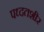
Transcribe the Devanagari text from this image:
पध्दतशीर